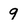
Character: 9